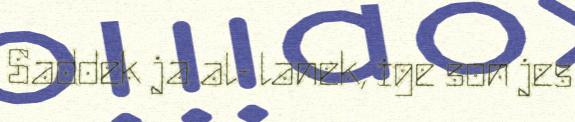
Saddek ja al- lanek, ige son jes